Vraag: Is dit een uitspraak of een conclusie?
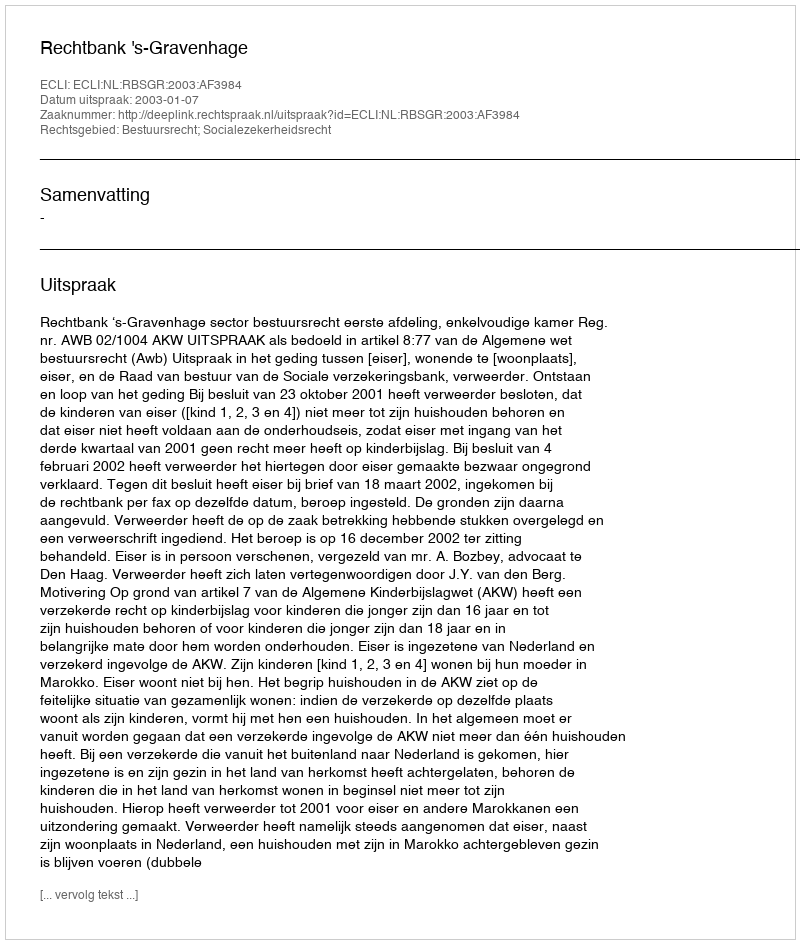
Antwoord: Uitspraak